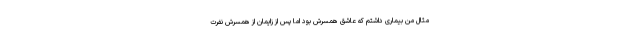
مثال من بیماری داشتم که عاشق همسرش بود اما پس از زایمان از همسرش نفرت